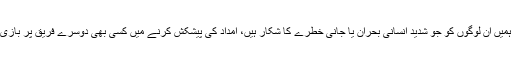
جو بائیڈن نے کہا کہ ہمیں ان لوگوں کو جو شدید انسانی بحران یا جانی خطرے کا شکار ہیں، امداد کی پیشکش کرنے میں کسی بھی دوسرے فریق پر بازی لے جانا چاہیئے تھی۔